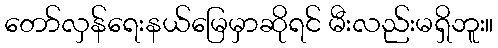
တော်လှန်ရေးနယ်မြေမှာဆိုရင် မီးလည်းမရှိဘူး။